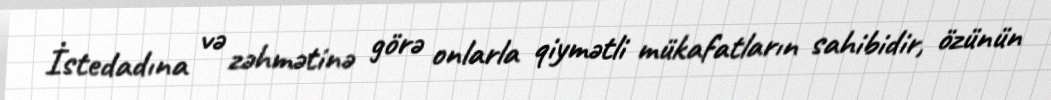
İstedadına və zəhmətinə görə onlarla qiymətli mükafatların sahibidir, özünün